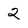
Character: 2